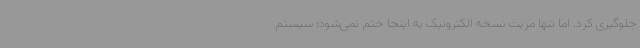
جلوگیری کرد. اما تنها مزیت نسخه الکترونیک به اینجا ختم نمی‌شود؛ سیستم